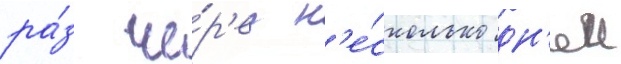
ра́з че́р'ез н'е́сколько дн'еи